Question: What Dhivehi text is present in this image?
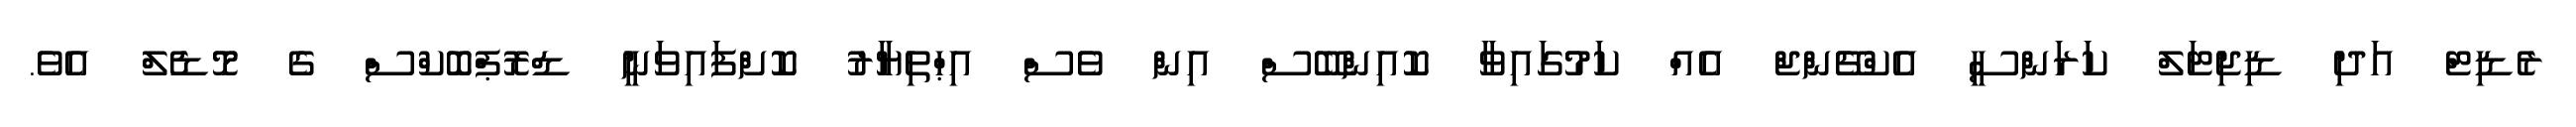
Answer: ރެޑިޓް އަދި ޑިޖިޓަލް ކަރަންސީ އެކްޗޭންޖް އެއް ކަމުގައިވާ ކޮއިންބޭސް އިން ވެސް އިޙްތިޔާރު ކޮށްފައިވަނީ ޑްރޮޕްބޮކްސް ގެ މޮޑެލް އެވެ.